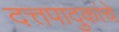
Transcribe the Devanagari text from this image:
दत्तपादुकांचे